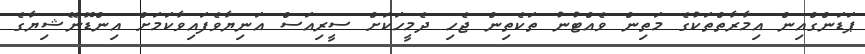
ޕަޑަންގްއިން އިމާރާތްތަކުގެ މަތިން ވެއްޓުނު ތަކެތިން ޖެހި ދެމީހަކަށް ސީރިއަސް އަނިޔާވެފައިވާކަމަށް އިންޑޮނޭޝިޔާގެ